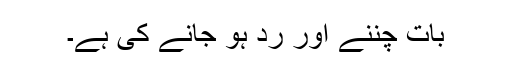
بات چُننے اور رد ہو جانے کی ہے۔